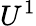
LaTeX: U^{1}